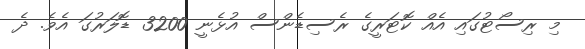
މި ރިސޯޓުގައި އެއް ކޮޓަރީގެ ރެސިޑެންސް އުޅެނީ 3200 ޑޮލަރުގަ އެވެ. ދެ